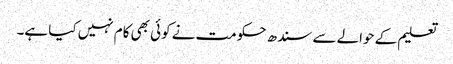
تعلیم کے حوالے سے سندھ حکومت نے کوئی بھی کام نہیں کیا ہے۔